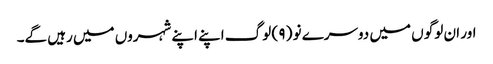
اور ان لوگو ں میں دوسرے نو ( ۹ ) لوگ اپنے اپنے شہروں میں رہیں گے۔